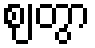
ဈတွာ